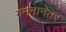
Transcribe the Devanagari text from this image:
गमनानंतर